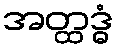
အတ္ထဒ္ဓံ